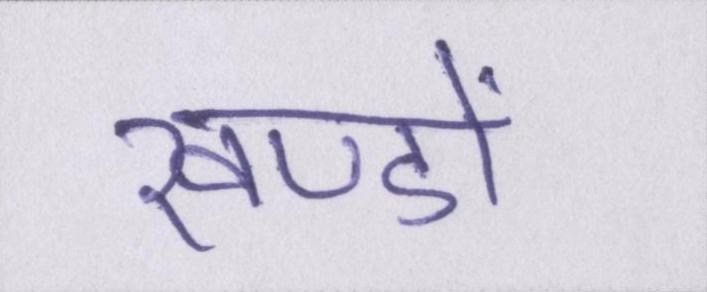
खण्डों